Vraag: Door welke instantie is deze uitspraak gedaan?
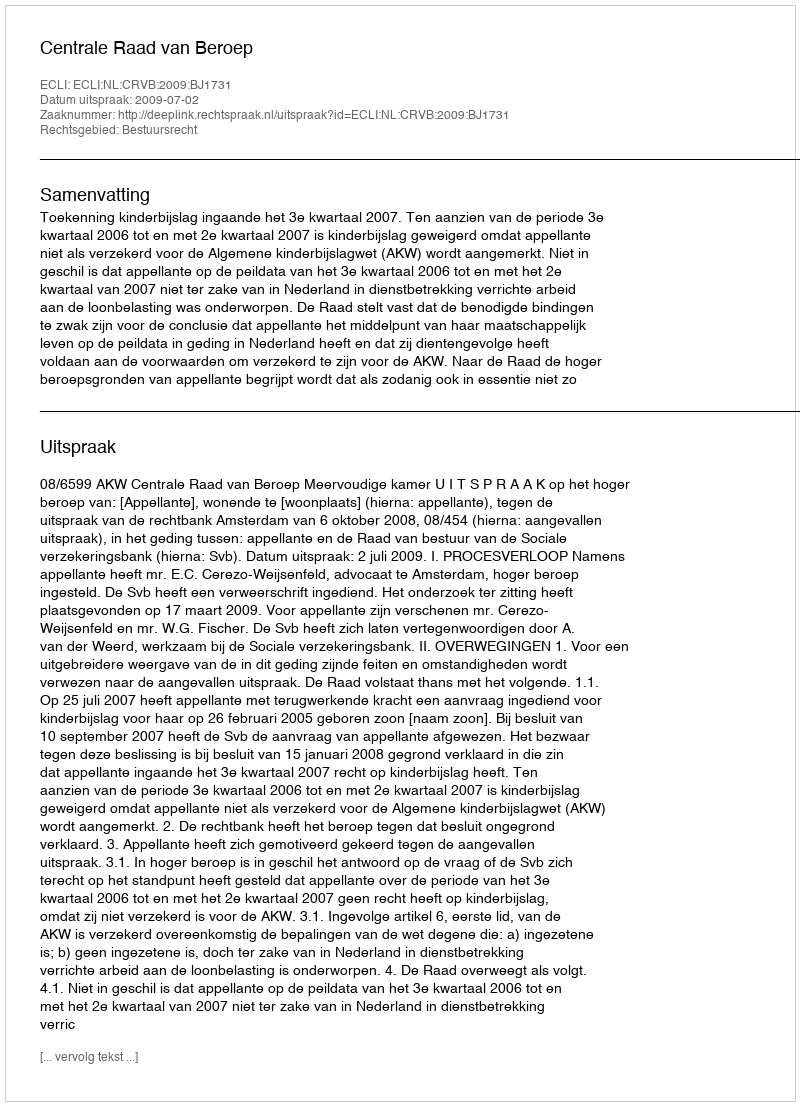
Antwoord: Centrale Raad van Beroep